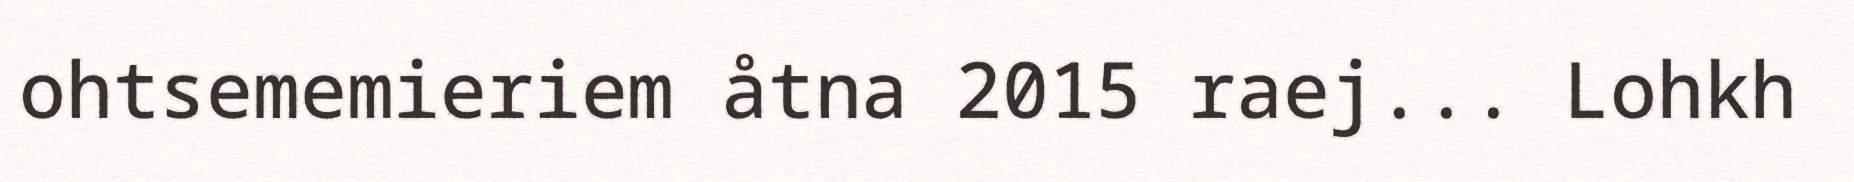
ohtsememieriem åtna 2015 raej... Lohkh